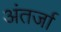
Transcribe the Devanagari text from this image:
अंतर्जा